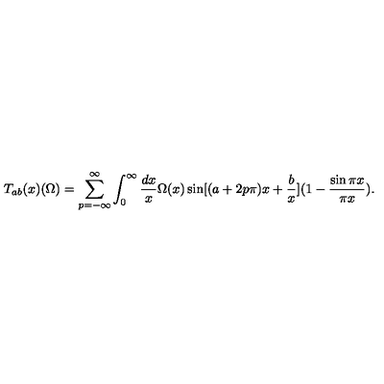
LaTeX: T _ { a b } ( x ) ( \Omega ) = \sum _ { p = - \infty } ^ { \infty } \int _ { 0 } ^ { \infty } { \frac { d x } { x } } \Omega ( x ) \sin [ ( a + 2 p \pi ) x + { \frac { b } { x } } ] ( 1 - { \frac { \sin \pi x } { \pi x } } ) .